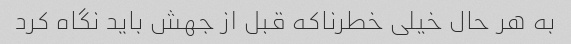
به هر حال خیلی خطرناکه قبل از جهش باید نگاه کرد